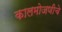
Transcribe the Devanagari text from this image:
कालमोजणीचे